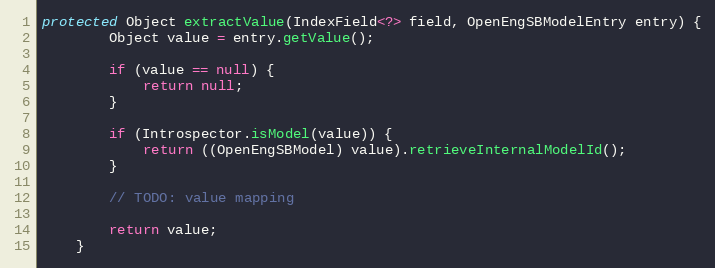
Language: Java
protected Object extractValue(IndexField<?> field, OpenEngSBModelEntry entry) {
        Object value = entry.getValue();

        if (value == null) {
            return null;
        }

        if (Introspector.isModel(value)) {
            return ((OpenEngSBModel) value).retrieveInternalModelId();
        }

        // TODO: value mapping

        return value;
    }